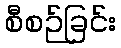
စီစဉ်ခြင်း